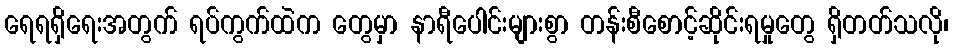
ရေရရှိရေးအတွက် ရပ်ကွက်ထဲက တွေမှာ နာရီပေါင်းများစွာ တန်းစီစောင့်ဆိုင်းရမှုတွေ ရှိတတ်သလို၊